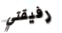
رفيقتي